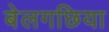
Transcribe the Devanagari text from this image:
बेलगछिया